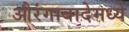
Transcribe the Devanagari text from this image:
औरंगाबादेमध्ये